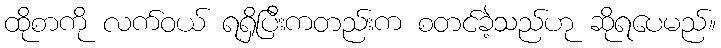
ထိုစာကို လက်ဝယ် ရရှိပြီးကတည်းက စတင်ခဲ့သည်ဟု ဆိုရပေမည်။